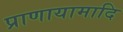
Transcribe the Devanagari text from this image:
प्राणायामादि